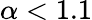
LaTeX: \alpha<1.1